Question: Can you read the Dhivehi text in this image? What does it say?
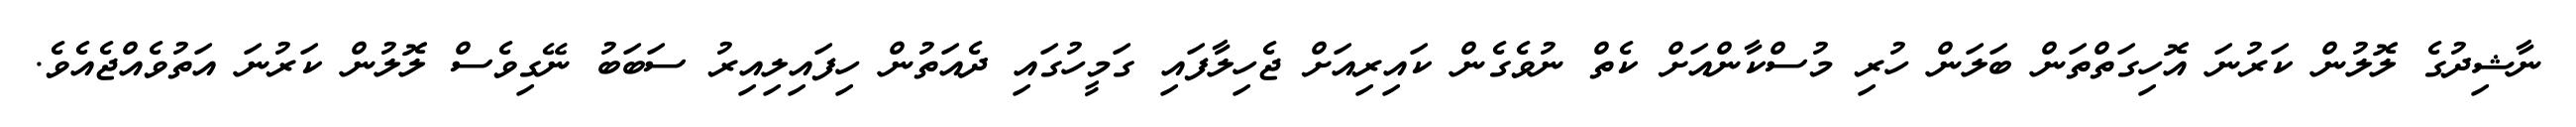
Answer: ނާޝިދުގެ ލޮލުން ކަރުނަ އޮހިގަތްތަން ބަލަން ހުރި މުސްކާންއަށް ކެތް ނުވެގެން ކައިރިއަށް ޖެހިލާފައި ގަމީހުގައި ދެއަތުން ހިފައިލިއިރު ސަބަބު ނޭގިވެސް ލޮލުން ކަރުނަ އަތުވެއްޖެއެވެ.